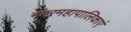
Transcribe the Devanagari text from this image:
नगरमहापालिकाएं